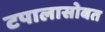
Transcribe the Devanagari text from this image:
टपालासोबत